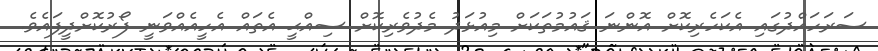
ސަރަހައްދުގައި އެކަހެރިކޮށް އޮންނަ ޤައުމުތަކަށް މިއުޅަދު މެދުވެރިކޮށް ސިއްޙީ އެތައް އެހީއެއްވަނީ ފޯރުކޮށްދީފައެވެ.